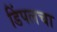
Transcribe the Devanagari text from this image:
डिंपलचा